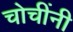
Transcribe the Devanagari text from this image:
चोचींनी